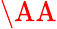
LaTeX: \textup{\AA}